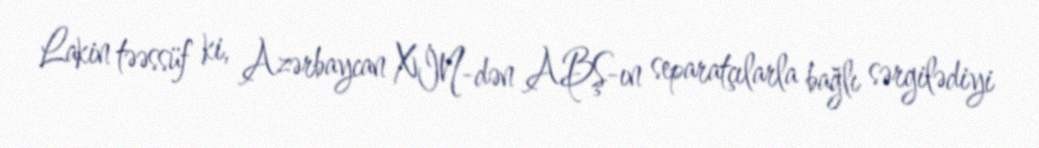
Lakin təəssüf ki, Azərbaycan XİN-dən ABŞ-ın separatçılarla bağlı sərgilədiyi